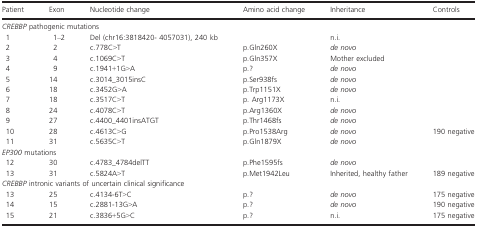
<table><thead><tr><td><b>Patient</b></td><td><b>Exon</b></td><td><b>Nucleotide change</b></td><td><b>Amino acid change</b></td><td><b>Inheritance</b></td><td><b>Controls</b></td></tr></thead><tbody><tr><td colspan="6"><i>CREBBP</i> pathogenic mutations</td></tr><tr><td>1</td><td>1–2</td><td>Del (chr16:3818420‐ 4057031), 240 kb</td><td></td><td>n.i.</td><td></td></tr><tr><td>2</td><td>2</td><td>c.778C&gt;T</td><td>p.Gln260X</td><td><i>de novo</i></td><td></td></tr><tr><td>3</td><td>4</td><td>c.1069C&gt;T</td><td>p.Gln357X</td><td>Mother excluded</td><td></td></tr><tr><td>4</td><td>9</td><td>c.1941+1G&gt;A</td><td>p.?</td><td><i>de novo</i></td><td></td></tr><tr><td>5</td><td>14</td><td>c.3014_3015insC</td><td>p.Ser938fs</td><td><i>de novo</i></td><td></td></tr><tr><td>6</td><td>18</td><td>c.3452G&gt;A</td><td>p.Trp1151X</td><td><i>de novo</i></td><td></td></tr><tr><td>7</td><td>18</td><td>c.3517C&gt;T</td><td>p. Arg1173X</td><td>n.i.</td><td></td></tr><tr><td>8</td><td>24</td><td>c.4078C&gt;T</td><td>p.Arg1360X</td><td><i>de novo</i></td><td></td></tr><tr><td>9</td><td>27</td><td>c.4400_4401insATGT</td><td>p.Thr1468fs</td><td><i>de novo</i></td><td></td></tr><tr><td>10</td><td>28</td><td>c.4613C&gt;G</td><td>p.Pro1538Arg</td><td><i>de novo</i></td><td>190 negative</td></tr><tr><td>11</td><td>31</td><td>c.5635C&gt;T</td><td>p.Gln1879X</td><td><i>de novo</i></td><td></td></tr><tr><td colspan="6"><i>EP300</i> mutations</td></tr><tr><td>12</td><td>30</td><td>c.4783_4784delTT</td><td>p.Phe1595fs</td><td><i>de novo</i></td><td></td></tr><tr><td>13</td><td>31</td><td>c.5824A&gt;T</td><td>p.Met1942Leu</td><td>Inherited, healthy father</td><td>189 negative</td></tr><tr><td colspan="6"><i>CREBBP</i> intronic variants of uncertain clinical significance</td></tr><tr><td>13</td><td>25</td><td>c.4134‐6T&gt;C</td><td>p.?</td><td><i>de novo</i></td><td>175 negative</td></tr><tr><td>14</td><td>15</td><td>c.2881‐13G&gt;A</td><td>p.?</td><td><i>de novo</i></td><td>190 negative</td></tr><tr><td>15</td><td>21</td><td>c.3836+5G&gt;C</td><td>p.?</td><td>n.i.</td><td>175 negative</td></tr></tbody></table>